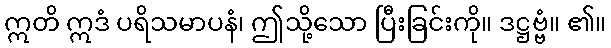
ဣတိ ဣဒံ ပရိသမာပနံ၊ ဤသို့သော ပြီးခြင်းကို။ ဒဋ္ဌဗ္ဗံ။ ၏။